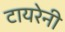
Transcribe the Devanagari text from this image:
टायरेनी